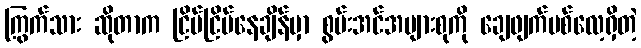
ကြွက်သား ဆိုတာက ငြိမ်ငြိမ်နေချိန်မှာ စွမ်းအင်အများစုကို ချေဖျက်ပစ်လေ့ရှိတဲ့